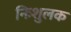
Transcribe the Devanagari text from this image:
निःशुलक